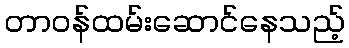
တာဝန်ထမ်းဆောင်နေသည့်